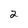
Character: 2